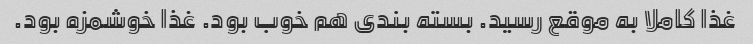
غذا کاملا به موقع رسید. بسته بندی هم خوب بود. غذا خوشمزه بود.